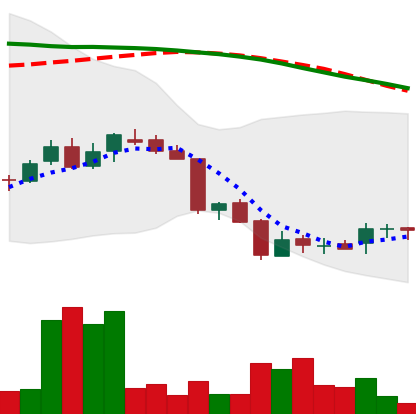
Ticker: DOGE-USD
Chart end date: 2018-06-20
Forward return: -17.743%
Label: down_7plus